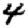
Digit: 4